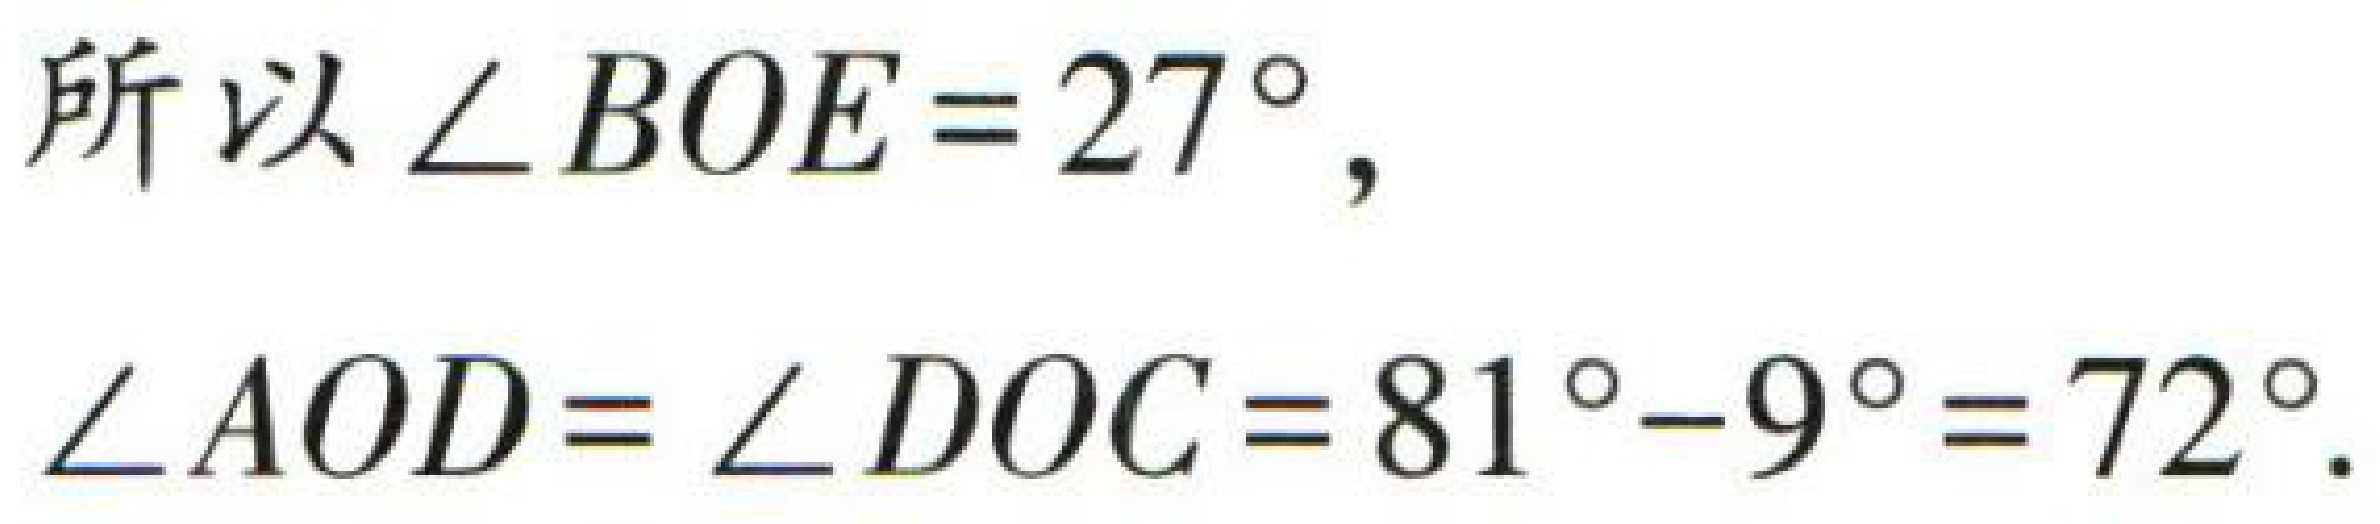
所以\(\angle BOE = 27^{\circ},\)

\(\angle AOD=\angle DOC = 81^{\circ}-9^{\circ}=72^{\circ}.\)